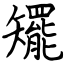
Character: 矲